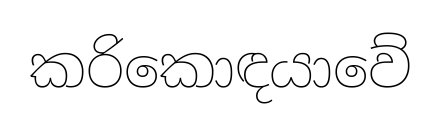
කරිකොඳයාවේ